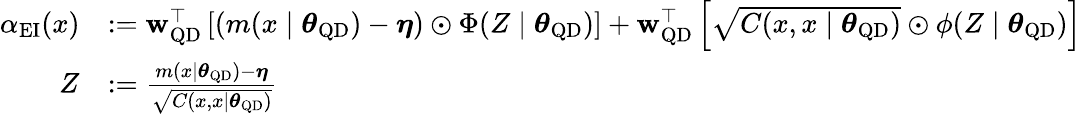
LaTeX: \begin{array}{rl}{\alpha_{\mathrm{EI}}(x)}&{:=\textbf{w}_{\mathrm{QD}}^{\top}\left[(m(x\mid\boldsymbol\theta_{\mathrm{QD}})-\boldsymbol\eta)\odot\Phi(Z\mid\boldsymbol\theta_{\mathrm{QD}})\right]+\textbf{w}_{\mathrm{QD}}^{\top}\left[\sqrt{C(x,x\mid\boldsymbol\theta_{\mathrm{QD}})}\odot\phi(Z\mid\boldsymbol\theta_{\mathrm{QD}})\right]}\\ {Z}&{:=\frac{m(x\mid\boldsymbol\theta_{\mathrm{QD}})-\boldsymbol\eta}{\sqrt{C(x,x\mid\boldsymbol\theta_{\mathrm{QD}})}}}\end{array}